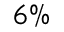
6 \%